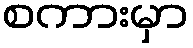
စကားမှာ